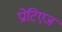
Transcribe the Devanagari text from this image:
प्रोटिएज